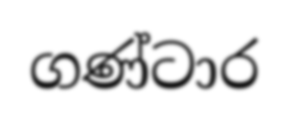
ගණ්ටාර